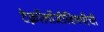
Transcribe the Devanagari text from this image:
टेक्नॉलॉजीविषयीची